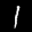
Label: 1